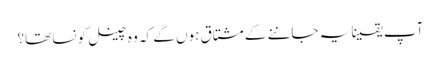
آپ یقینا یہ جاننے کے مشتاق ہوں گے کہ وہ چینل کونسا تھا؟